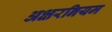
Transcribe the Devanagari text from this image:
अक्षरनियम